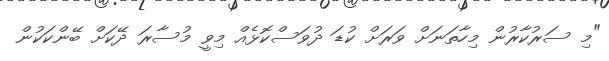
"މި ސަރުކާރުން މިހާތަނަށް ވަރަށް ކުޑަ ދުވަސްކޮޅެއް މިވީ މުސާރަ ދޭކަށް ބޭންކަކުން